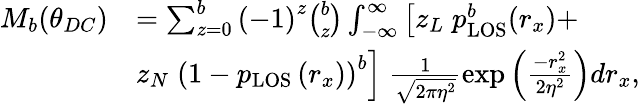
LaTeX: \begin{array}{rl}{M_{b}(\theta_{DC})}&{=\sum_{z=0}^{b}\left(-1\right)^{z}{\binom{b}{z}}\int_{-\infty}^{\infty}\left[z_{L}\; p_{\mathrm{{LOS}}}^{b}(r_{x})+\right.}\\ &{\left.z_{N}\; \left(1-p_{\mathrm{LOS}}\left(r_{x}\right)\right)^{b}\right]\; \frac{1}{\sqrt{2\pi\eta^{2}}}\exp\left(\frac{-r_{x}^{2}}{2\eta^{2}}\right)dr_{x},}\end{array}